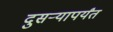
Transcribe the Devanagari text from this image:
दुसऱ्यापर्यंत